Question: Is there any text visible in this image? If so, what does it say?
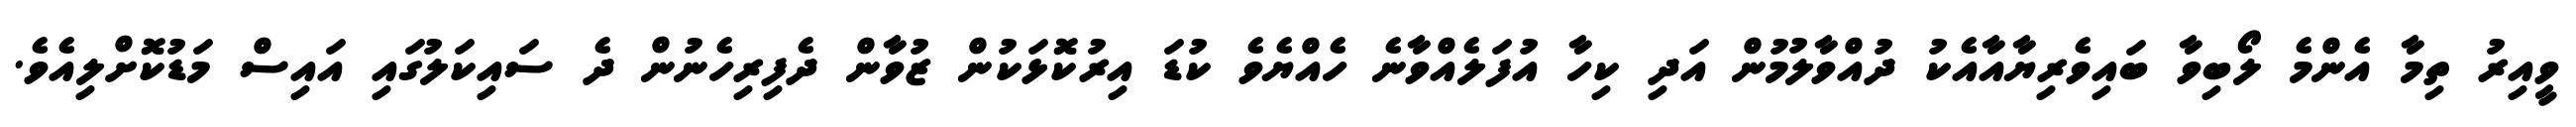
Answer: ވީއިރު ތިމާ އެންމެ ލޯބިވާ ބައިވެރިޔާއާއެކު ދުއްވާލުމުން އަދި ކިހާ އުފަލެއްވާނެ ހެއްޔެވެ ކުޑަ އިރުކޮޅަކުން ޒުވާން ދެފިރިހެނުން ދެ ސައިކަލުގައި އައިސް މަޑުކޮށްލިއެވެ.